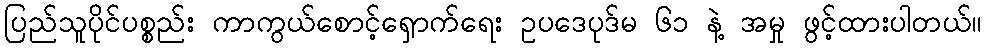
ပြည်သူပိုင်ပစ္စည်း ကာကွယ်စောင့်ရှောက်ရေး ဥပဒေပုဒ်မ ၆၁ နဲ့ အမှု ဖွင့်ထားပါတယ်။